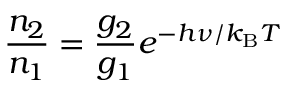
{ \frac { n _ { 2 } } { n _ { 1 } } } = { \frac { g _ { 2 } } { g _ { 1 } } } e ^ { - h \nu / k _ { \mathrm { B } } T }